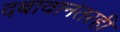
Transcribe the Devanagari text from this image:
दबावानंतरही